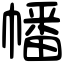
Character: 幡